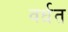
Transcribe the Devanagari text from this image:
वर्धत